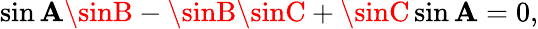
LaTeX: \sin\mathbf{A}\sinB-\sinB\sinC+\sinC\sin\mathbf{A}=0,